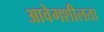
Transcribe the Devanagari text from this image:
आवेगशीलता